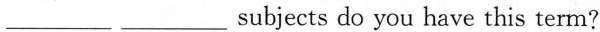
___ ___ subjects do you have this term?